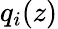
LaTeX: q_{i}(z)